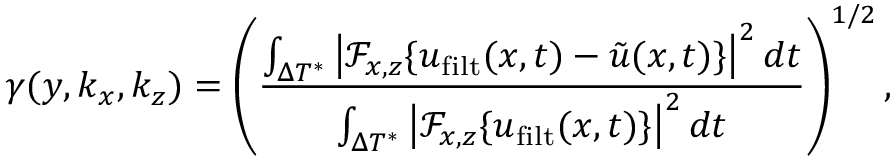
\gamma ( y , k _ { x } , k _ { z } ) = \left( \frac { \int _ { \Delta T ^ { * } } \left| \mathscr { F } _ { x , z } \{ \boldsymbol { u } _ { \mathrm { f i l t } } ( \boldsymbol { x } , t ) - \boldsymbol { \tilde { u } } ( \boldsymbol { x } , t ) \} \right| ^ { 2 } d t } { \int _ { \Delta T ^ { * } } \left| \mathscr { F } _ { x , z } \{ \boldsymbol { u } _ { \mathrm { f i l t } } ( \boldsymbol { x } , t ) \} \right| ^ { 2 } d t } \right) ^ { 1 / 2 } ,